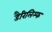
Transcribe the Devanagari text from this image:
डैरिलिम्फ